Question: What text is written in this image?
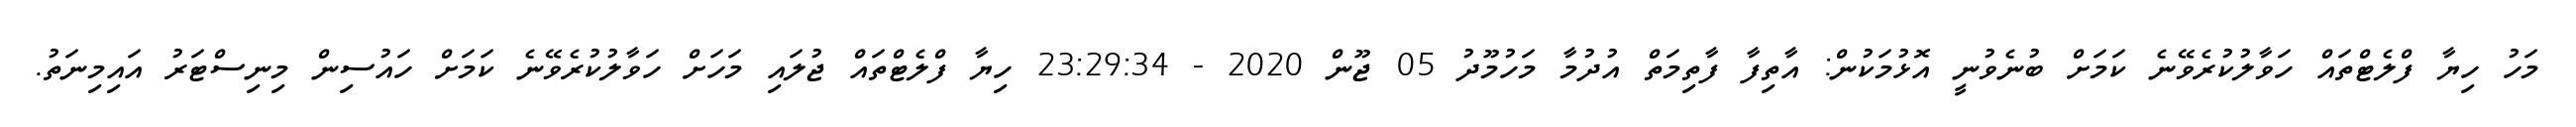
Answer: މަހު ހިޔާ ފްލެޓްތައް ހަވާލުކުރެވޭނެ ކަމަށް ބުނެވުނީ އޮޅުމަކުން: އާތިފާ ފާތިމަތް އުދުމާ މަހުމޫދު 05 ޖޫން 2020 - 23:29:34 ހިޔާ ފްލެޓްތައް ޖުލައި މަހަށް ހަވާލުކުރެވޭނެ ކަމަށް ހައުސިން މިނިސްޓަރު އައިމިނަތު.